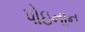
પોઇનાન